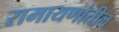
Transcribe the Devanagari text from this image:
रामायणांतील